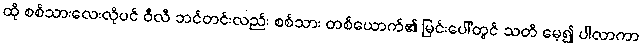
ထို စစ်သားလေးလိုပင် ဝီလီ ဘင်တင်းလည်း စစ်သား တစ်ယောက်၏ မြင်းပေါ်တွင် သတိ မေ့၍ ပါလာကာ